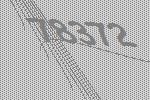
78372